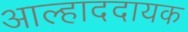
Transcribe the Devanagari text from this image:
अाल्हाददायक